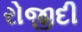
રોજીદી